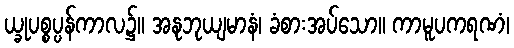
ယ္ခုပစ္စပ္ပန်ကာလ၌။ အနုဘုယျမာနံ၊ ခံစားအပ်သော။ ကာမူပကရဏံ၊